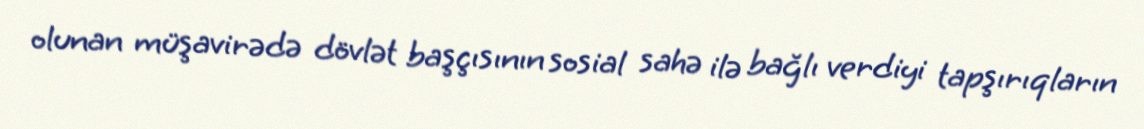
olunan müşavirədə dövlət başçısının sosial sahə ilə bağlı verdiyi tapşırıqların